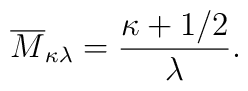
\overline{M}_{\kappa\lambda} = \frac{\kappa+1/2}{\lambda}.